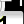
Digit: 1